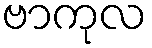
ဗာကုလ